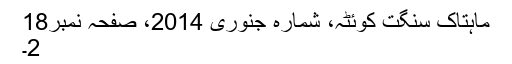
ماہتاک سنگت کوئٹہ، شمارہ جنوری 2014، صفحہ نمبر18
2۔